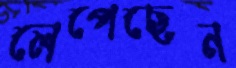
লেপেছেন